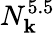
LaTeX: N_{\mathbf k}^{5.5}